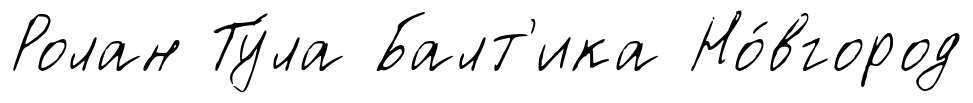
Ролан Ту́ла Балт'ика Но́вгород